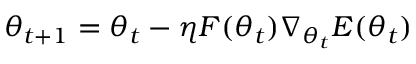
\theta _ { t + 1 } = \theta _ { t } - \eta F ( \theta _ { t } ) \nabla _ { \theta _ { t } } E ( \theta _ { t } )